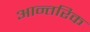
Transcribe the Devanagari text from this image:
आन्‍तरिक